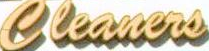
Cleaners